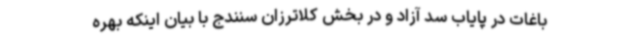
باغات در پایاب سد آزاد و در بخش کلاترزان سنندج با بیان اینکه بهره